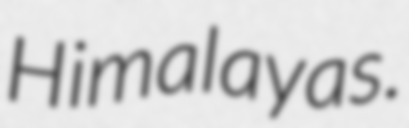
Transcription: Himalayas.